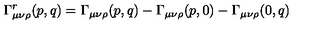
\Gamma _ { \mu \nu \rho } ^ { r } ( p , q ) = \Gamma _ { \mu \nu \rho } ( p , q ) - \Gamma _ { \mu \nu \rho } ( p , 0 ) - \Gamma _ { \mu \nu \rho } ( 0 , q )